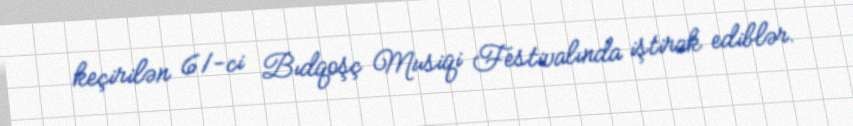
keçirilən 61-ci Bıdqoşç Musiqi Festivalında iştirak ediblər.